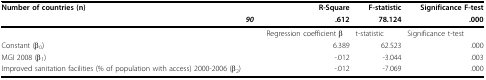
| Number of countries (n) | R-Square | F-statistic | Significance F-test |
 | 90 | .612 | 78.124 | .000 |
 | --- | --- | --- | --- |
 |  | Regression coefficient β | t-statistic | Significance t-test |
 | Constant (β0) | 6.389 | 62.523 | .000 |
 | MGI 2008 (β1) | -.012 | -3.044 | .003 |
 | Improved sanitation facilities (% of population with access) 2000-2006 (β2) | -.012 | -7.069 | .000 |